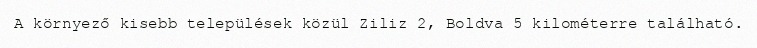
A környező kisebb települések közül Ziliz 2, Boldva 5 kilométerre található.